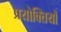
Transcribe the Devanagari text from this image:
प्रयोक्तियों